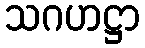
သဂဟဋ္ဌာ